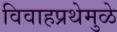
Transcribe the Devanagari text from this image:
विवाहप्रथेमुळे